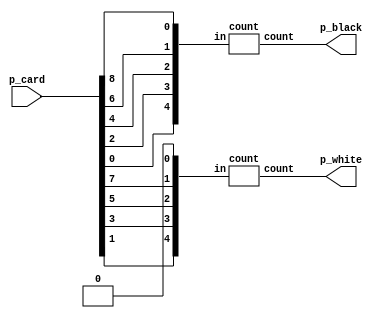
// blackandwhite : ???? ??? ? ??   ?? 

module blackandwhite(
    input [8:0] p_card, // 2 9 , ? ? ? ?  ?? ??
    output [2:0] p_black, // ?  
    output [2:0] p_white // ?  
);
    wire [4:0]white;
    count blackcount({p_card[0], p_card[2], p_card[4], p_card[6], p_card[8]}, p_black);
    // card 0 2 4 6 8  1? ? 

    assign white[4]=p_card[1];
    assign white[3]=p_card[3];
    assign white[2]=p_card[5];
    assign white[1]=p_card[7];
    assign white[0]=0;

    count whitecount(white, p_white);
    // card 1 3 5 7  1? ? 


endmodule

module count(
    input [4:0] in,
    output [2:0] count
);
    wire [1:0] cnt_p1, cnt_p2;
    wire [2:0]in_w_0;
    assign in_w_0[2]= in[1];
    assign in_w_0[1]= in[0];
    assign in_w_0[0]= 0;
    
    count_ones pt1 (in[4:2], cnt_p1);
    count_ones pt2 (in_w_0, cnt_p2);
    //count_ones pt2 ({in[1:0],0 }, cnt_p2);
    plus p(cnt_p1, cnt_p2, count);

    // 5-bit count_ones module - 5 ??? 1  ?? 

endmodule

module count_ones(
    input [2:0] in,
    output [1:0] ones
);
    assign ones[1] = (in[2] & in[1]) | (in[2] & in[0]) | (in[1] & in[0]);
    assign ones[0] = (in[2] & ~in[1] & ~in[0]) | (~in[2] & ~in[1] & in[0]) | (in[2] & in[1] & in[0]) | (~in[2] & in[1] & ~in[0]);

endmodule

module plus(
    input [1:0] pt1, pt2,
    output [2:0] count
);
    wire carry;
    half_adder ha (pt1[0], pt2[0], count[0], carry);
    full_adder fa (pt1[1], pt2[1], carry, count[1],count[2]);
   
endmodule

module half_adder(
    input a, b,
    output sum, carry
);
    assign sum = a ^ b;
    assign carry = a & b;

endmodule

module full_adder(
    input a, b, cin,
    output sum, carry
);

    assign sum = a ^ b ^ cin;
    assign carry = (a & b) | (b & cin) | (cin & a);

endmodule